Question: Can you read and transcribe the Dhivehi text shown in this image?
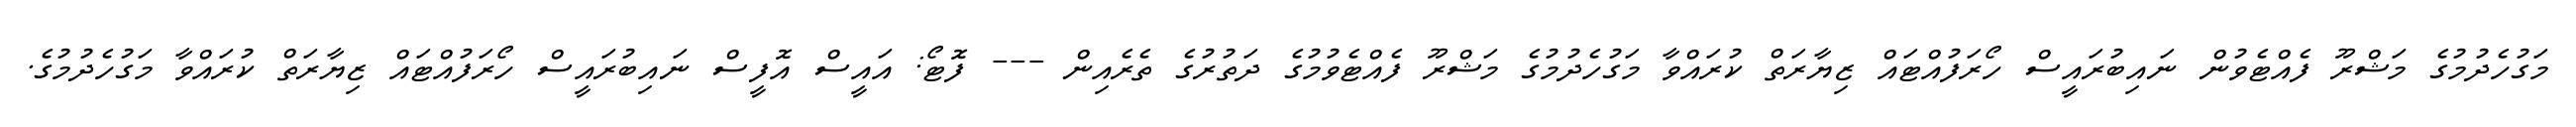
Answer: މަގުހެދުމުގެ މަޝްރޫ ފެއްޓެވުން ނައިބުރައީސް ހޯރަފުއްޓައް ޒިޔާރަތް ކުރައްވާ މަގުހެދުމުގެ މަޝްރޫ ފެއްޓެވުމުގެ ދަތުރުގެ ތެރެއިން --- ފޮޓޯ: އައީސް އޮފީސް ނައިބުރައީސް ހޯރަފުއްޓައް ޒިޔާރަތް ކުރައްވާ މަގުހެދުމުގެ.